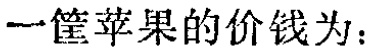
一筐苹果的价钱为：